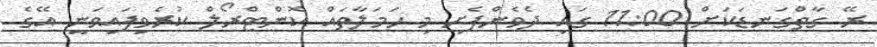
ރޭ ގާތްގަނޑަކަށް 11:00 ގައި ދެވެންފެށި މި ހަމަލާތައް ކޮންޓްރޯލް ކުރެވިފައިވަނީ އޭގެ